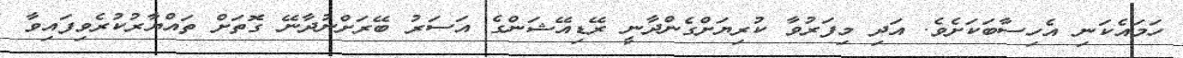
ހަމައެކަނި އެހިސާބަކަށެވެ. އަދި މިފަރުވާ ކުރިޔަށްގެންދާނީ ރޭޑިއޭޝަންގެ އަސަރު ބޭރަށްނުދާނޭ ގޮތަށް ތައްޔާރުކުރެވިފައިވާ